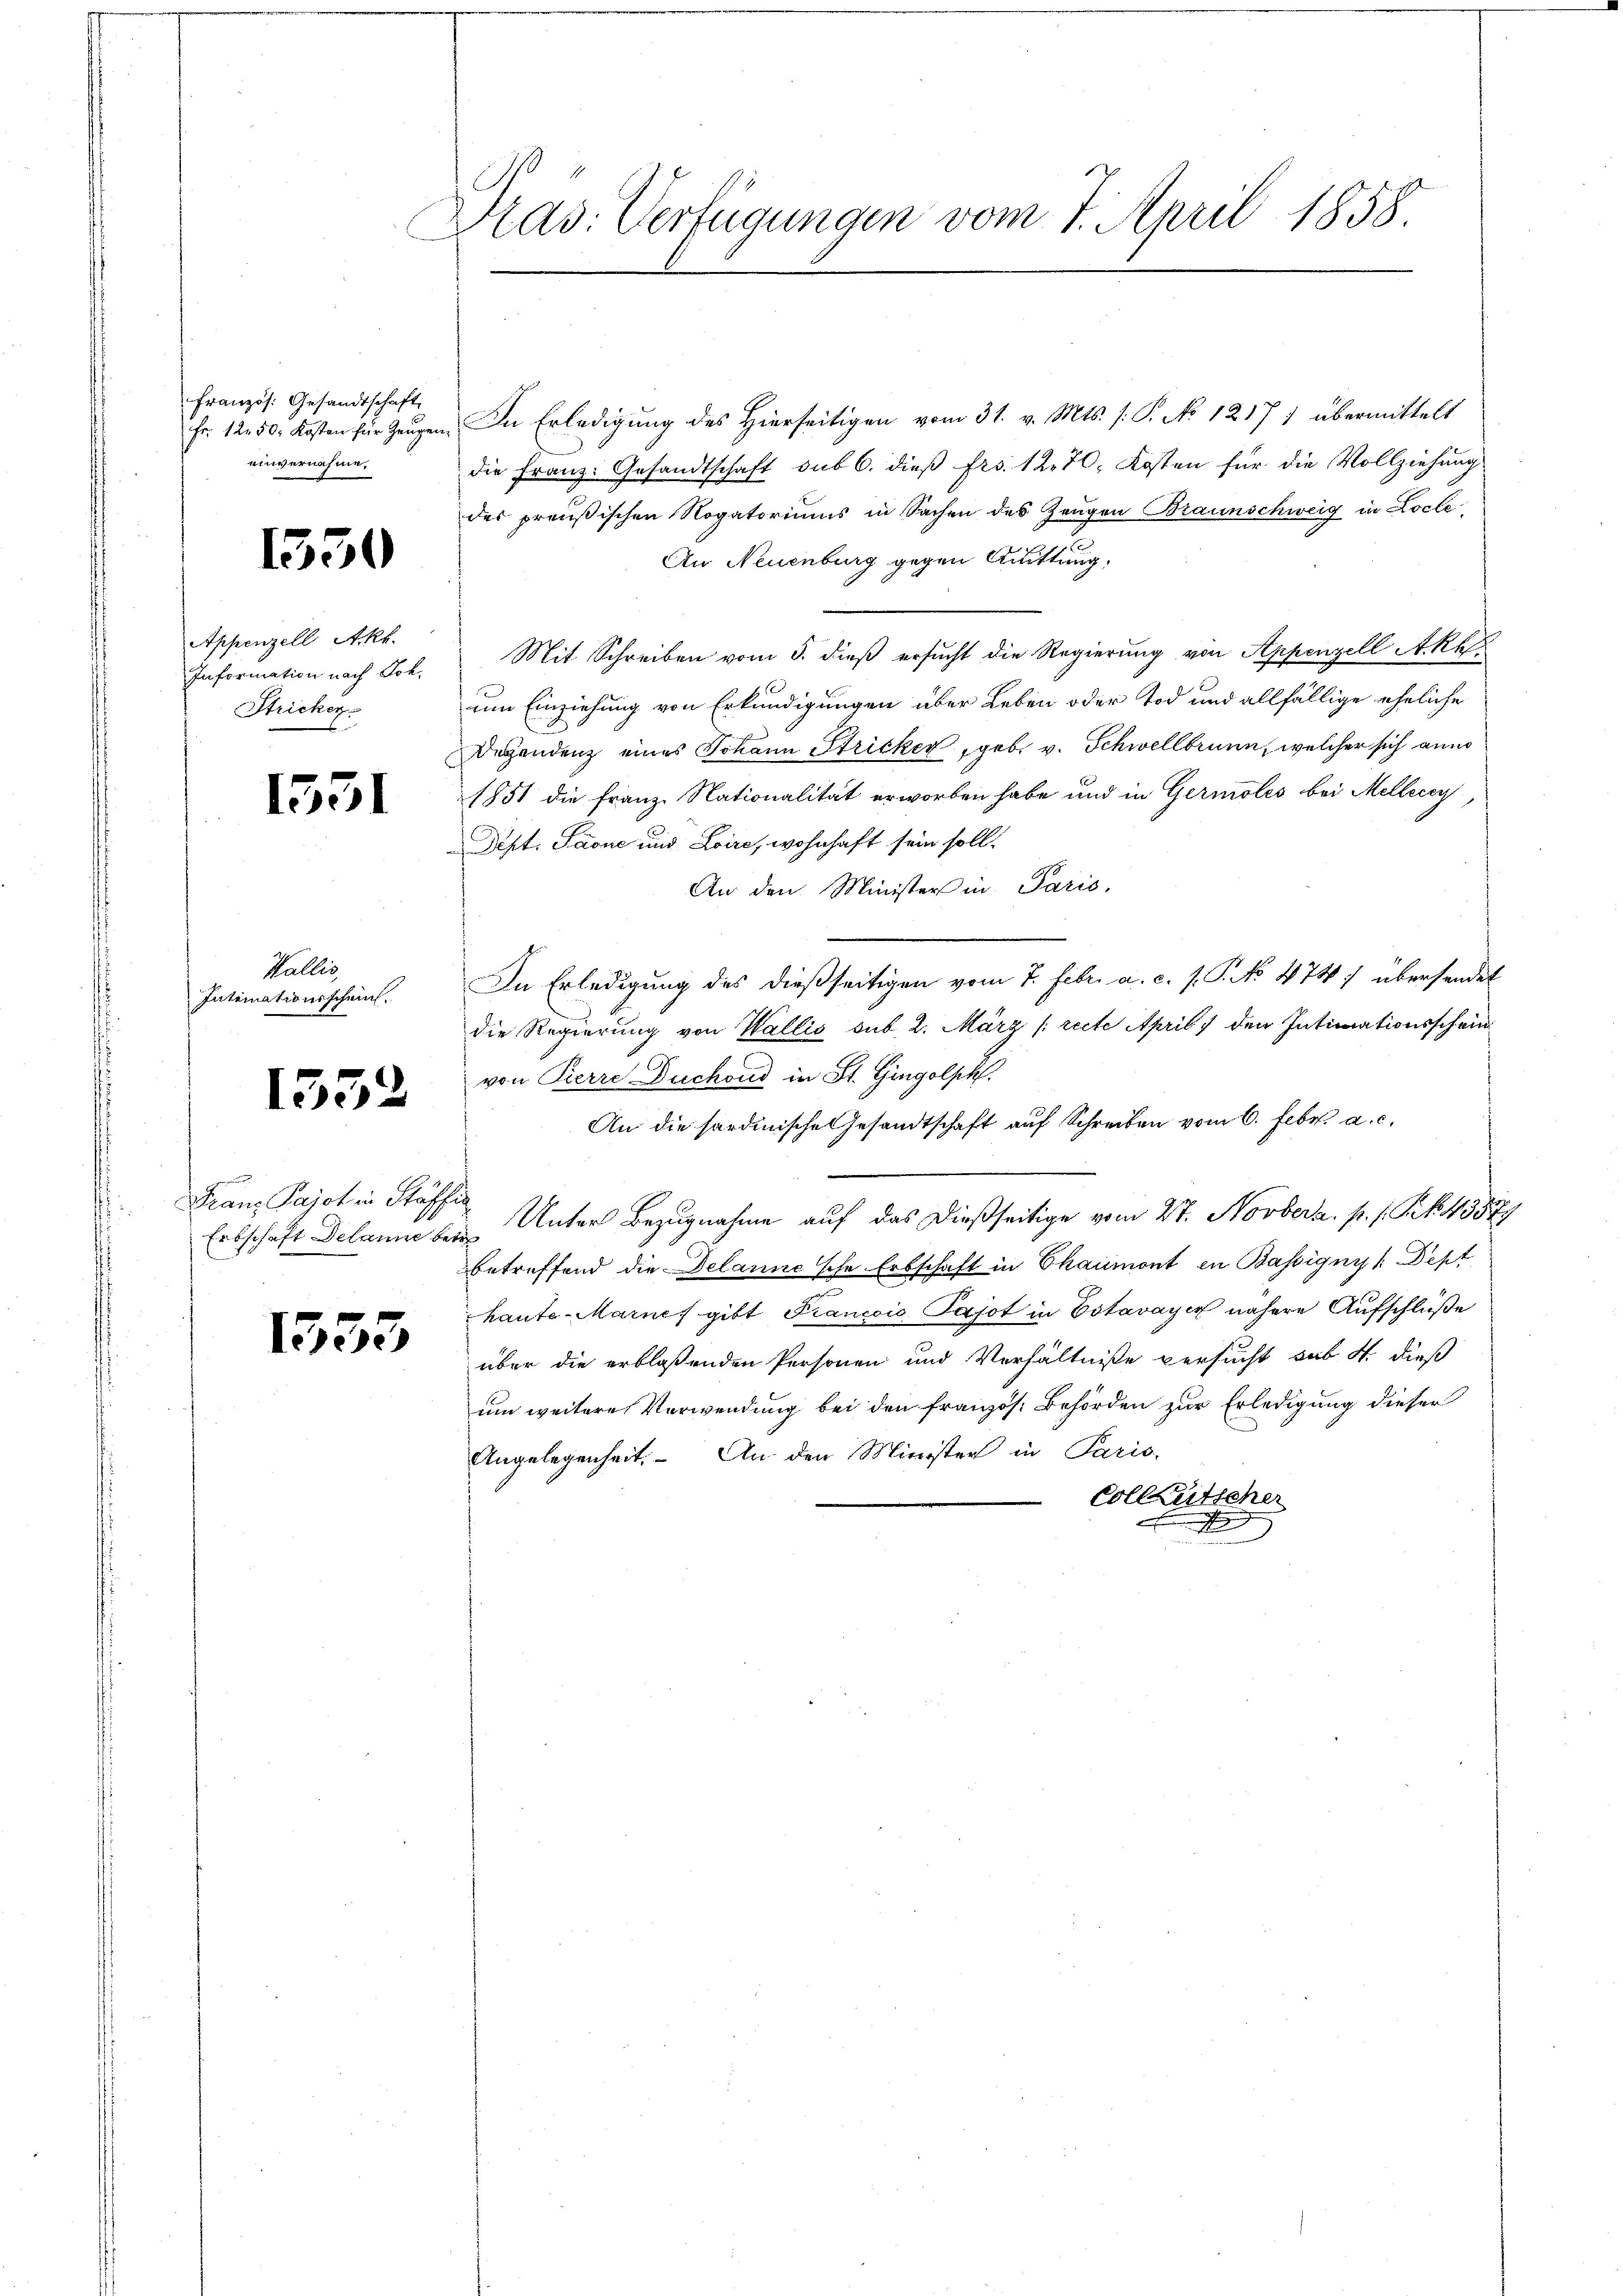
Französ. Gesandtschaft
Fr. 1250. Kosten für Zeugen
einvernahme,

1550

Appenzell Akk.
Information nach Joh.
Stricker.

1531

Wallis,
Intimationsschein.

1552

Franz Pajot in Stäffi

1553

Stas. Verfügungen vom 7. April 1858.

In Erledigung des Hierseitigen vom 31. v. Mts. (: P. No 12171 übermittelt
die Franz: Gesandtschaft sub 6. dieß frs. 1270. Kosten für die Vollziehung
des preußischen Rogatoriums in Sachen des Zeugen Braunschweig in Locle
An Neuenburg gegen Quittung,
Mit Schreiben vom 5. dieß ersucht die Regierung von Appenzell Akk
um Einziehung von Erkundigungen über Leben oder Tod und allfällige eheliche
Degendenz eines Johann Stricker, geb. v. Schwellbrunn, welcher sich ann
1851 die Franz Nationalität erworben habe und in Germoles bei Mellerey,
Dist. Saone und Loire, wohnhaft sein soll.
An den Minister in Paris,
In Erledigung des dießseitigen vom 7. Febr. a. c. s. P. No 474 übersendet
die Regierung von Wallis sub. 2. März [recte April) den Intimationsschein
von Pierre Duchoud in St. Gingolph.
An die sardinische Gesandtschaft auf Schreiben vom 6. Febr. a. c.
Erbschaft Dekanne bei Unter Bezugnahme auf das dießseitige vom 27. Novbera. p. 1. Frk. 43579
betreffend die Delanne sche Erbschaft in Chaumont in Bassignys Dept
haute-Marnes gibt Francoio Pajot in Estavayer nähere Aufschlüße
über die erblaßenden Personen und Verhältnisse versucht sub. 4. dieß
um weitere Verwendung bei den französ. Behörden zur Erledigung dieser
Angelegenheit. An den Minister in Paris,
Colleutscher
x